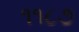
૧૧૮૭